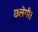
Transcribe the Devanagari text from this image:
छलेगी।